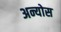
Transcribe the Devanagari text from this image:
अन्योस